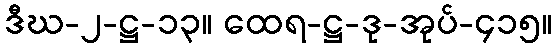
ဒီဃ-၂-ဋ္ဌ-၁၃။ ထေရ-ဋ္ဌ-ဒု-အုပ်-၄၁၅။